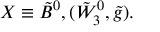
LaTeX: X \equiv { \tilde { B } ^ { 0 } } , ( { \tilde { W } _ { 3 } ^ { 0 } } , { \tilde { g } } ) .